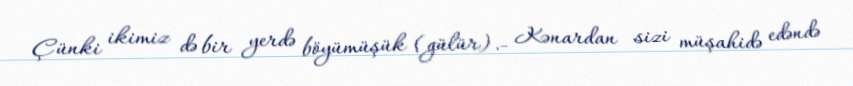
Çünki ikimiz də bir yerdə böyümüşük (gülür).- Kənardan sizi müşahidə edəndə